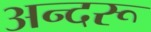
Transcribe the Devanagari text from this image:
अन्दरू